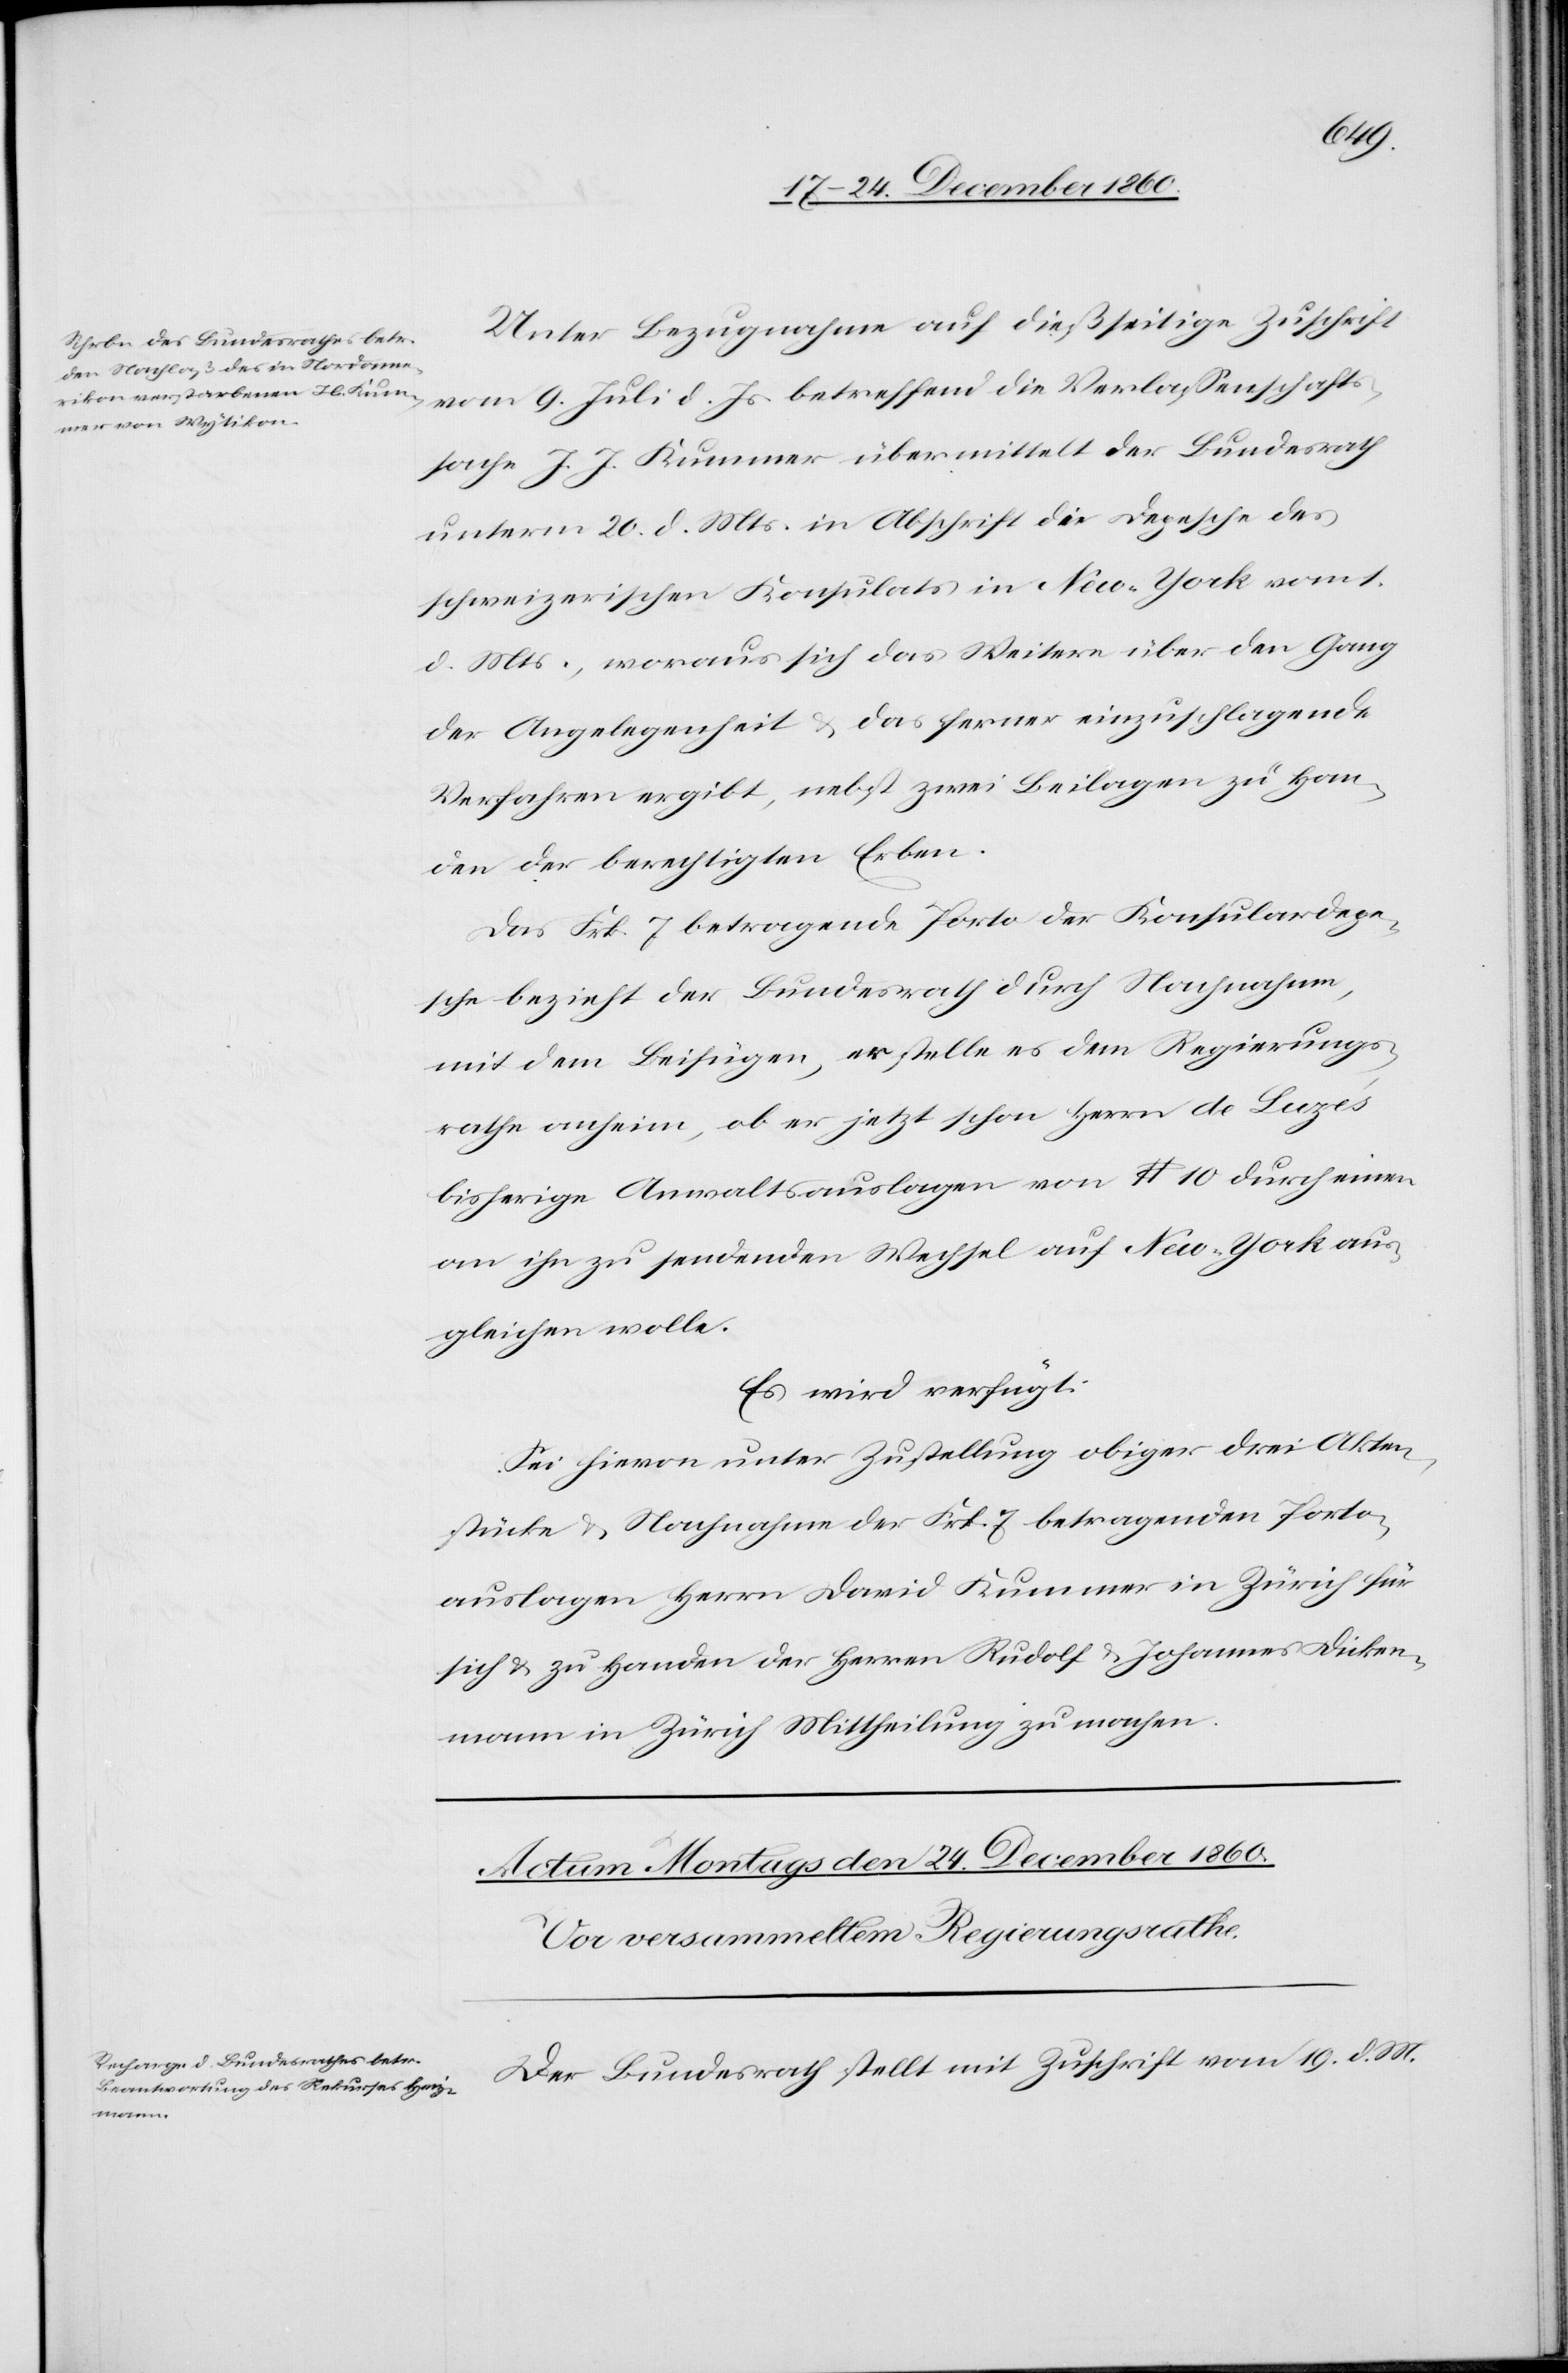
Unter Bezugnahme auf dießseitige Zuschrift
vom 9. Juli d. Js. betreffend die Verlassenschafts¬
sache J. J. Kummer übermittelt der Bundesrath
unterm 20. d. Mts. in Abschrift die Depesche des
schweizerischen Konsulates in New-York vom 1.
d. Mts., woraus sich das Weitere über den Gang
der Angelegenheit u. das ferner einzuschlagende
Verfahren ergibt, nebst zwei Beilagen zu Han¬
den der berechtigten Erben.
Das Frk. 7 betragende Porto der Konsulardepe¬
sche bezieht der Bundesrath durch Nachnahme,
mit dem Beifügen, er stelle es dem Regierungs¬
rathe anheim, ob er jetzt schon Herrn de Luze’s
bisherige Anwaltsauslagen von $ 10 durch einen
an ihn zu sendenden Wechsel auf New-York aus¬
gleichen wolle.
Es wird verfügt:
Sei hievon unter Zustellung obiger drei Akten¬
stücke u. Nachnahme der Frk. 7 betragenden Porto¬
auslagen Herrn David Kummer in Zürich für
sich u. zu Handen der Herren Rudolf u. Johannes Dicken¬
mann in Zürich Mittheilung zu machen.
Der Bundesrath stellt mit Zuschrift vom 19. d. M.